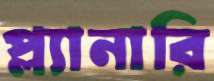
প্ল্যানারি